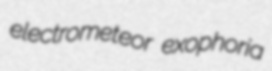
electrometeor exophoria